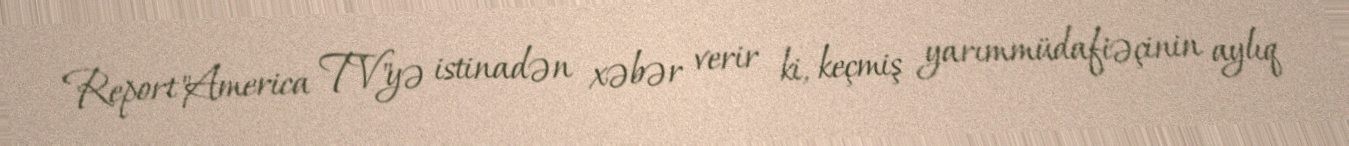
Report"America TV"yə istinadən xəbər verir ki, keçmiş yarımmüdafiəçinin aylıq